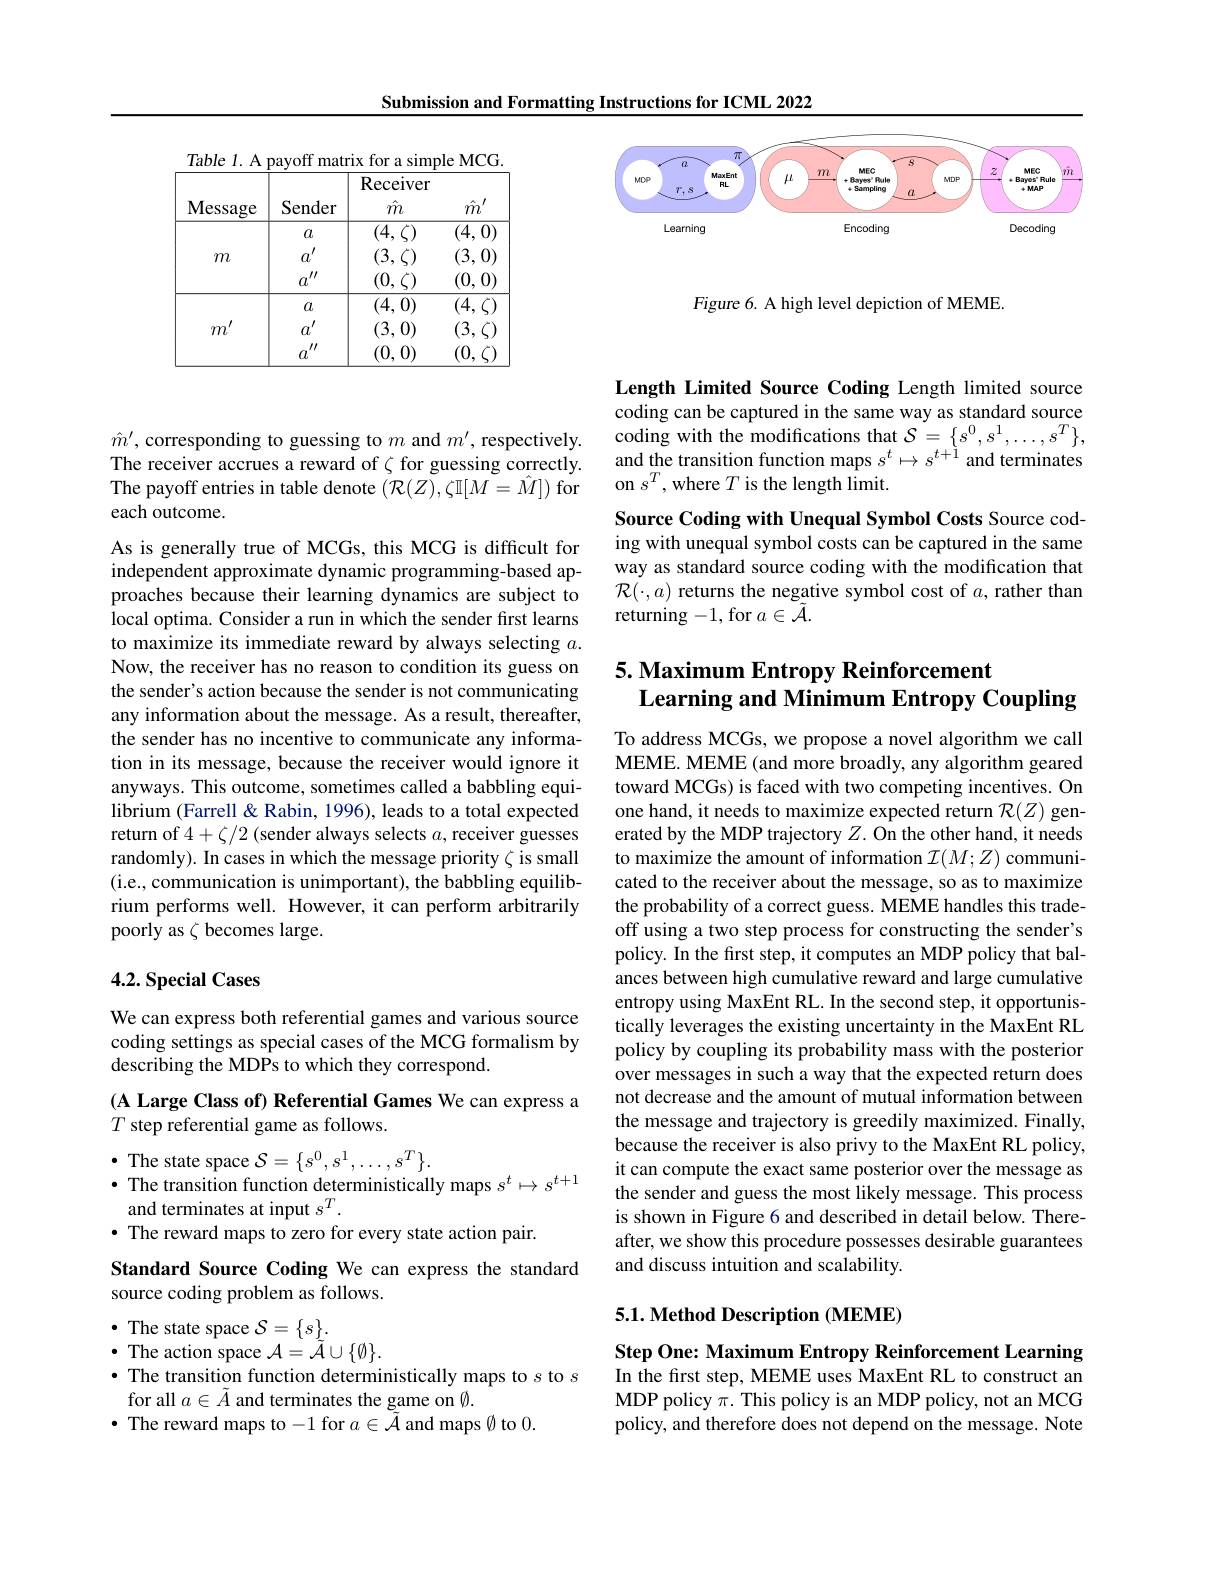
Submission and Formatting Instructions for ICML 2022

Table l. A payoff matrix for a simple MCG.
<table>
	<tbody>
		<tr>
			<th>$\mathbf{Message}$</th>
			<th>Sender</th>
			<th>Receiver $\hat{m}$</th>
			<th>$f$ A $\ddot{m}$</th>
		</tr>
		<tr>
			<td rowspan="3">C $m$</td>
			<td>$a$</td>
			<td>$(4,\zeta)$</td>
			<td>$\overline{(4,}$ 0</td>
		</tr>
		<tr>
			<td>$a^{\prime}$</td>
			<td>(3,</td>
			<td>(3, 0</td>
		</tr>
		<tr>
			<td>$T^{\prime\prime}$</td>
			<td>$(0,\zeta)$</td>
			<td>(0, 0)</td>
		</tr>
		<tr>
			<td rowspan="3">$m^{\prime}$</td>
			<td>$a$</td>
			<td>(4,0)</td>
			<td>4.</td>
		</tr>
		<tr>
			<td>$a^{\prime}$</td>
			<td>(3,0)</td>
			<td>$^{\prime}3.$</td>
		</tr>
		<tr>
			<td>111 $a$</td>
			<td>,0) (0, </td>
			<td>(0.</td>
		</tr>
	</tbody>
</table>

<FigureHere>

Figure 6. A high level depiction of MEME.

$\hat{m}^{\prime}$, corresponding to guessing to $m$ and $m^\prime$, respectively. The receiver accrues a reward of $\zeta$ for guessing correctly The payoff entries in table denote $(\mathcal{R}(Z),\zeta\mathbb{I}[M=\hat{M}])$ for each outcome.

As is generally true of MCGs, this MCG is difficult for independent approximate dynamic programming-based approaches because their learning dynamics are subject to local optima. Consider a run in which the sender first learns to maximize its immediate reward by always selecting $a.$ Now, the receiver has no reason to condition its guess on the sender's action because the sender is not communicating any information about the message. As a result, thereafter, the sender has no incentive to communicate any information in its message, because the receiver would ignore it anyways. This outcome, sometimes called a babbling equilibrium (Farrell&Rabin, 1996), leads to a total expected return of $4+\zeta/2$ (sender always selects $a$, receiver guesses randomly). In cases in which the message priority $\zeta$ is small (i.e., communication is unimportant), the babbling equilibrium performs well. However, it can perform arbitrarily poorly as $\zeta$ becomes large.

## 4.2. Special Cases

We can express both referential games and various source coding settings as special cases of the MCG formalism by describing the MDPs to which they correspond.

(A Large Class of) Referential Games We can express a
$T$ step referential game as follows.

and terminates at input $s^T.$
$\bullet$ The reward maps to zero for every state action pair.
Standard Source Coding We can express the standard
source coding problem as follows.
$\bullet$ The state space $\mathcal{S}=\{s\}_{\tilde{q}}.$
$\bullet$ The action space $\mathcal{A}=\tilde{\mathcal{A}}\cup\{\emptyset\}.$
$\bullet$ The transition function deterministically maps to $s$ to $s$
for all $a\in\tilde{A}$ and terminates the game on $\emptyset.$
$\bullet$ The reward maps to -1 for $a\in\tilde{\mathcal{A}}$ and maps Ø to 0.

Length Limited Source Coding Length limited source coding can be captured in the same way as standard source ${\mathrm{coding~with~the~modifications~that~}\mathcal{S}}=\{s^{0},s^{1},\ldots,s^{T}\}$, and the transition function maps $s^t\mapsto s^{t+1}$ and terminates on $s^{T}$,where $T$ is the length limit.

Source Coding with Unequal Symbol Costs Source coding with unequal symbol costs can be captured in the same way as standard source coding with the modification that $\mathcal{R}(\cdot,a)$ returns the negative symbol cost of $a$, rather than returning -1, for $a\in\tilde{\mathcal{A}}.$

## 5. Maximum Entropy Reinforcement Learning and Minimum Entropy Coupling

To address MCGs, we propose a novel algorithm we call MEME. MEME (and more broadly, any algorithm geared toward MCGs) is faced with two competing incentives. On one hand, it needs to maximize expected return $\mathcal{R}(Z)$ generated by the MDP trajectory $Z.$ On the other hand, it needs to maximize the amount of information $\mathcal{I}(M;Z)$ communicated to the receiver about the message, so as to maximize the probability of a correct guess. MEME handles this tradeoff using a two step process for constructing the sender's policy. In the frst step, it computes an MDP policy that balances between high cumulative reward and large cumulative entropy using MaxEnt RL. In the second step, it opportunistically leverages the existing uncertainty in the MaxEnt RL policy by coupling its probability mass with the posterior over messages in such a way that the expected return does not decrease and the amount of mutual information between the message and trajectory is greedily maximized. Finally, because the receiver is also privy to the MaxEnt RL policy,
$\bullet$The state space $\mathcal{S} = \{ s^0, s^1, \ldots , s^T\} .$it can compute the exact same posterior over the message as $\bullet$The transition function deterministically maps $s^t\mapsto s^{t+ 1}$the sender and guess the mosterior over the message as $\bullet$The transition function d
the sender and guess the most likely message. This process is shown in Figure 6 and described in detail below. Thereafter, we show this procedure possesses desirable guarantees and discuss intuition and scalability.

## 5.1. Method Description (MEME)

Step One: Maximum Entropy Reinforcement Learning In the first step, MEME uses MaxEnt RL to construct an MDP policy $\pi.$ This policy is an MDP policy, not an MCG policy, and therefore does not depend on the message. Note